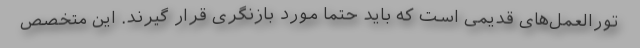
تورالعمل‌های قدیمی است که باید حتما مورد بازنگری قرار گیرند. این متخصص